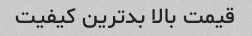
قیمت بالا بدترین کیفیت